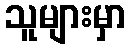
သူများမှာ